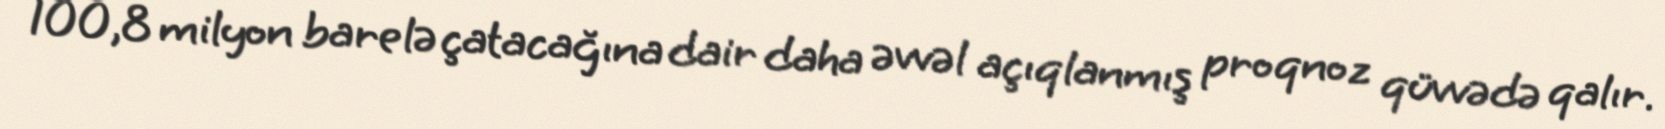
100,8 milyon barelə çatacağına dair daha əvvəl açıqlanmış proqnoz qüvvədə qalır.